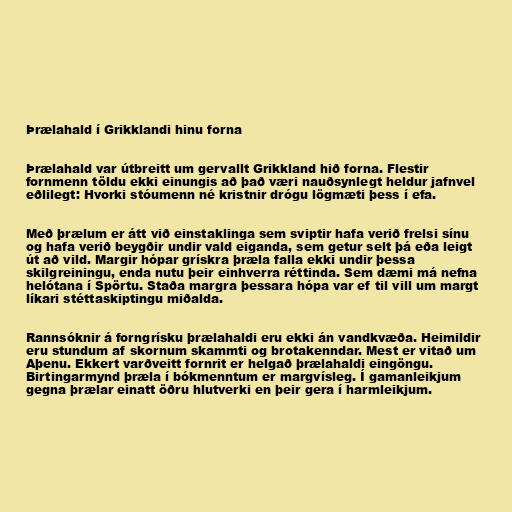
Þrælahald í Grikklandi hinu forna

Þrælahald var útbreitt um gervallt Grikkland hið forna. Flestir
fornmenn töldu ekki einungis að það væri nauðsynlegt heldur jafnvel
eðlilegt: Hvorki stóumenn né kristnir drógu lögmæti þess í efa.

Með þrælum er átt við einstaklinga sem sviptir hafa verið frelsi sínu
og hafa verið beygðir undir vald eiganda, sem getur selt þá eða leigt
út að vild. Margir hópar grískra þræla falla ekki undir þessa
skilgreiningu, enda nutu þeir einhverra réttinda. Sem dæmi má nefna
helótana í Spörtu. Staða margra þessara hópa var ef til vill um margt
líkari stéttaskiptingu miðalda.

Rannsóknir á forngrísku þrælahaldi eru ekki án vandkvæða. Heimildir
eru stundum af skornum skammti og brotakenndar. Mest er vitað um
Aþenu. Ekkert varðveitt fornrit er helgað þrælahaldi eingöngu.
Birtingarmynd þræla í bókmenntum er margvísleg. Í gamanleikjum
gegna þrælar einatt öðru hlutverki en þeir gera í harmleikjum.